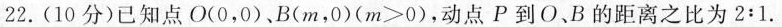
22.（10分）已知点O(0，0)、B(m，0)($$m > 0$$)，动点P到O、B的距离之比为$$2 : 1$$.